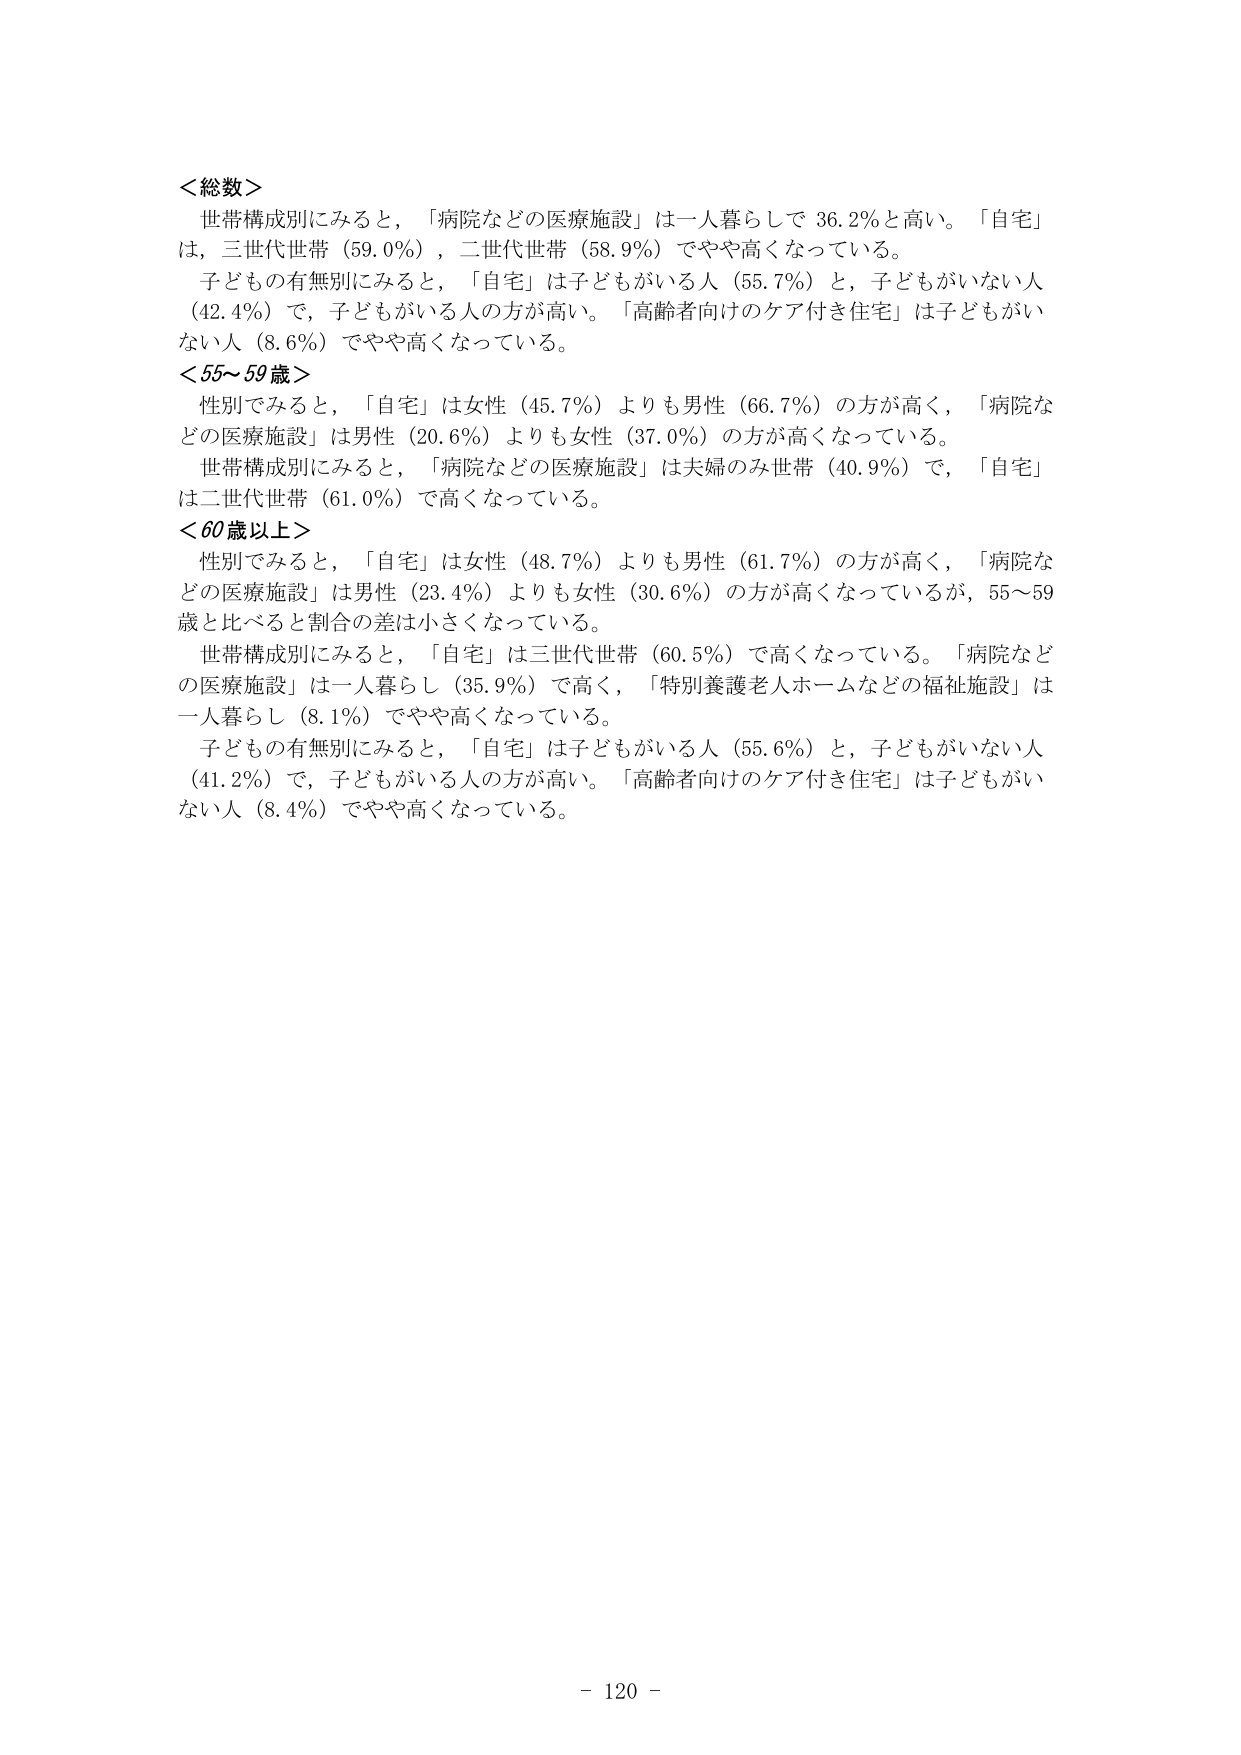
＜総数＞
世帯構成別にみると，「病院などの医療施設」は一人暮らしで 36.2％と高い。「自宅」
は，三世代世帯（59.0％），二世代世帯（58.9％）でやや高くなっている。
子どもの有無別にみると，「自宅」は子どもがいる人（55.7％）と，子どもがいない人
（42.4％）で，子どもがいる人の方が高い。「高齢者向けのケア付き住宅」は子どもがい
ない人（8.6％）でやや高くなっている。
＜55～59歳＞
性別でみると，「自宅」は女性（45.7％）よりも男性（66.7％）の方が高く，「病院な
どの医療施設」は男性（20.6％）よりも女性（37.0％）の方が高くなっている。
世帯構成別にみると，「病院などの医療施設」は夫婦のみ世帯（40.9％）で，「自宅」
は二世代世帯（61.0％）で高くなっている。
＜60歳以上＞
性別でみると，「自宅」は女性（48.7％）よりも男性（61.7％）の方が高く，「病院な
どの医療施設」は男性（23.4％）よりも女性（30.6％）の方が高くなっているが，55～59
歳と比べると割合の差は小さくなっている。
世帯構成別にみると，「自宅」は三世代世帯（60.5％）で高くなっている。「病院など
の医療施設」は一人暮らし（35.9％）で高く，「特別養護老人ホームなどの福祉施設」は
一人暮らし（8.1％）でやや高くなっている。
子どもの有無別にみると，「自宅」は子どもがいる人（55.6％）と，子どもがいない人
（41.2％）で，子どもがいる人の方が高い。「高齢者向けのケア付き住宅」は子どもがい
ない人（8.4％）でやや高くなっている。
- 120 -